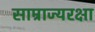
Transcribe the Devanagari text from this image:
साम्राज्यरक्षा